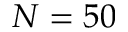
N = 5 0